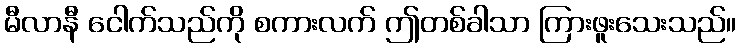
မီလာနီ ငေါက်သည်ကို စကားလက် ဤတစ်ခါသာ ကြားဖူးသေးသည်။